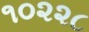
૧૦૨૨૮